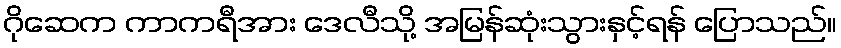
ဂိုဆေက ကာကရီအား ဒေလီသို့ အမြန်ဆုံးသွားနှင့်ရန် ပြောသည်။